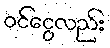
ဝင်ငွေလည်း